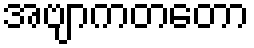
အဗျာကတတော